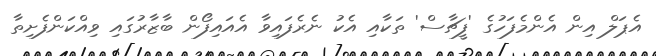
އެޕަލް އިން އެންމެފަހުގެ 'ފީޗާސް' ތަކާއި އެކު ނެރެފައިވާ އެއައިފޯން ބާޒާރުގައި ވިއްކަންފެށިތާ